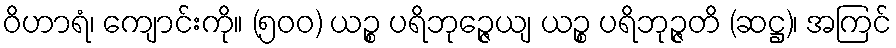
ဝိဟာရံ၊ ကျောင်းကို။ (၅၀၀) ယဉ္စ ပရိဘုဉ္ဇေယျ ယဉ္စ ပရိဘုဉ္ဇတိ (ဆဋ္ဌ)၊ အကြင်